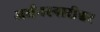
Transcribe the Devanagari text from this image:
अर्धनरनारीश्वर